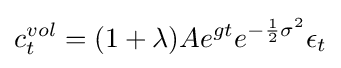
c_{t}^{vol}=(1+\lambda )Ae^{gt}e^{-{\frac {1}{2}}\sigma ^{2}}\epsilon _{t}